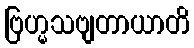
ဗြဟ္မသဗျတာယာတိ